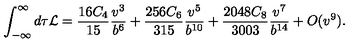
\int _ { - \infty } ^ { \infty } d \tau { \cal L } = \frac { 1 6 C _ { 4 } } { 1 5 } \frac { v ^ { 3 } } { b ^ { 6 } } + \frac { 2 5 6 C _ { 6 } } { 3 1 5 } \frac { v ^ { 5 } } { b ^ { 1 0 } } + \frac { 2 0 4 8 C _ { 8 } } { 3 0 0 3 } \frac { v ^ { 7 } } { b ^ { 1 4 } } + O ( v ^ { 9 } ) .